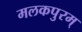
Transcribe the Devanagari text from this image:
मलकपुरम्‌